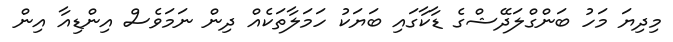
މިދިޔަ މަހު ބަންގްލަދޭޝްގެ ޑާކާގައި ބަޔަކު ހަމަލާތަކެއް ދިން ނަމަވެސް އިންޑިއާ އިން